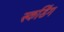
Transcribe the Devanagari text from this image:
स्कडिंग